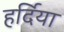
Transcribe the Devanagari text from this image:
हर्दिया